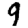
Digit: 9